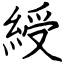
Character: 綬